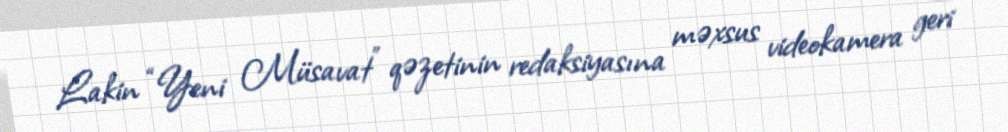
Lakin “Yeni Müsavat” qəzetinin redaksiyasına məxsus videokamera geri